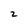
Character: 2